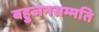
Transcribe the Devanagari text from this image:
बहुजनसम्मति